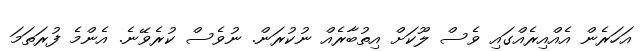
އަހަރެން އެއްއިރެއްގައި ވެސް ލޫކަށް އިތުބާރެއް ނުކުރަން. ނުވެސް ކުރެވޭނެ. އެންމެ ފުރަތަމަ